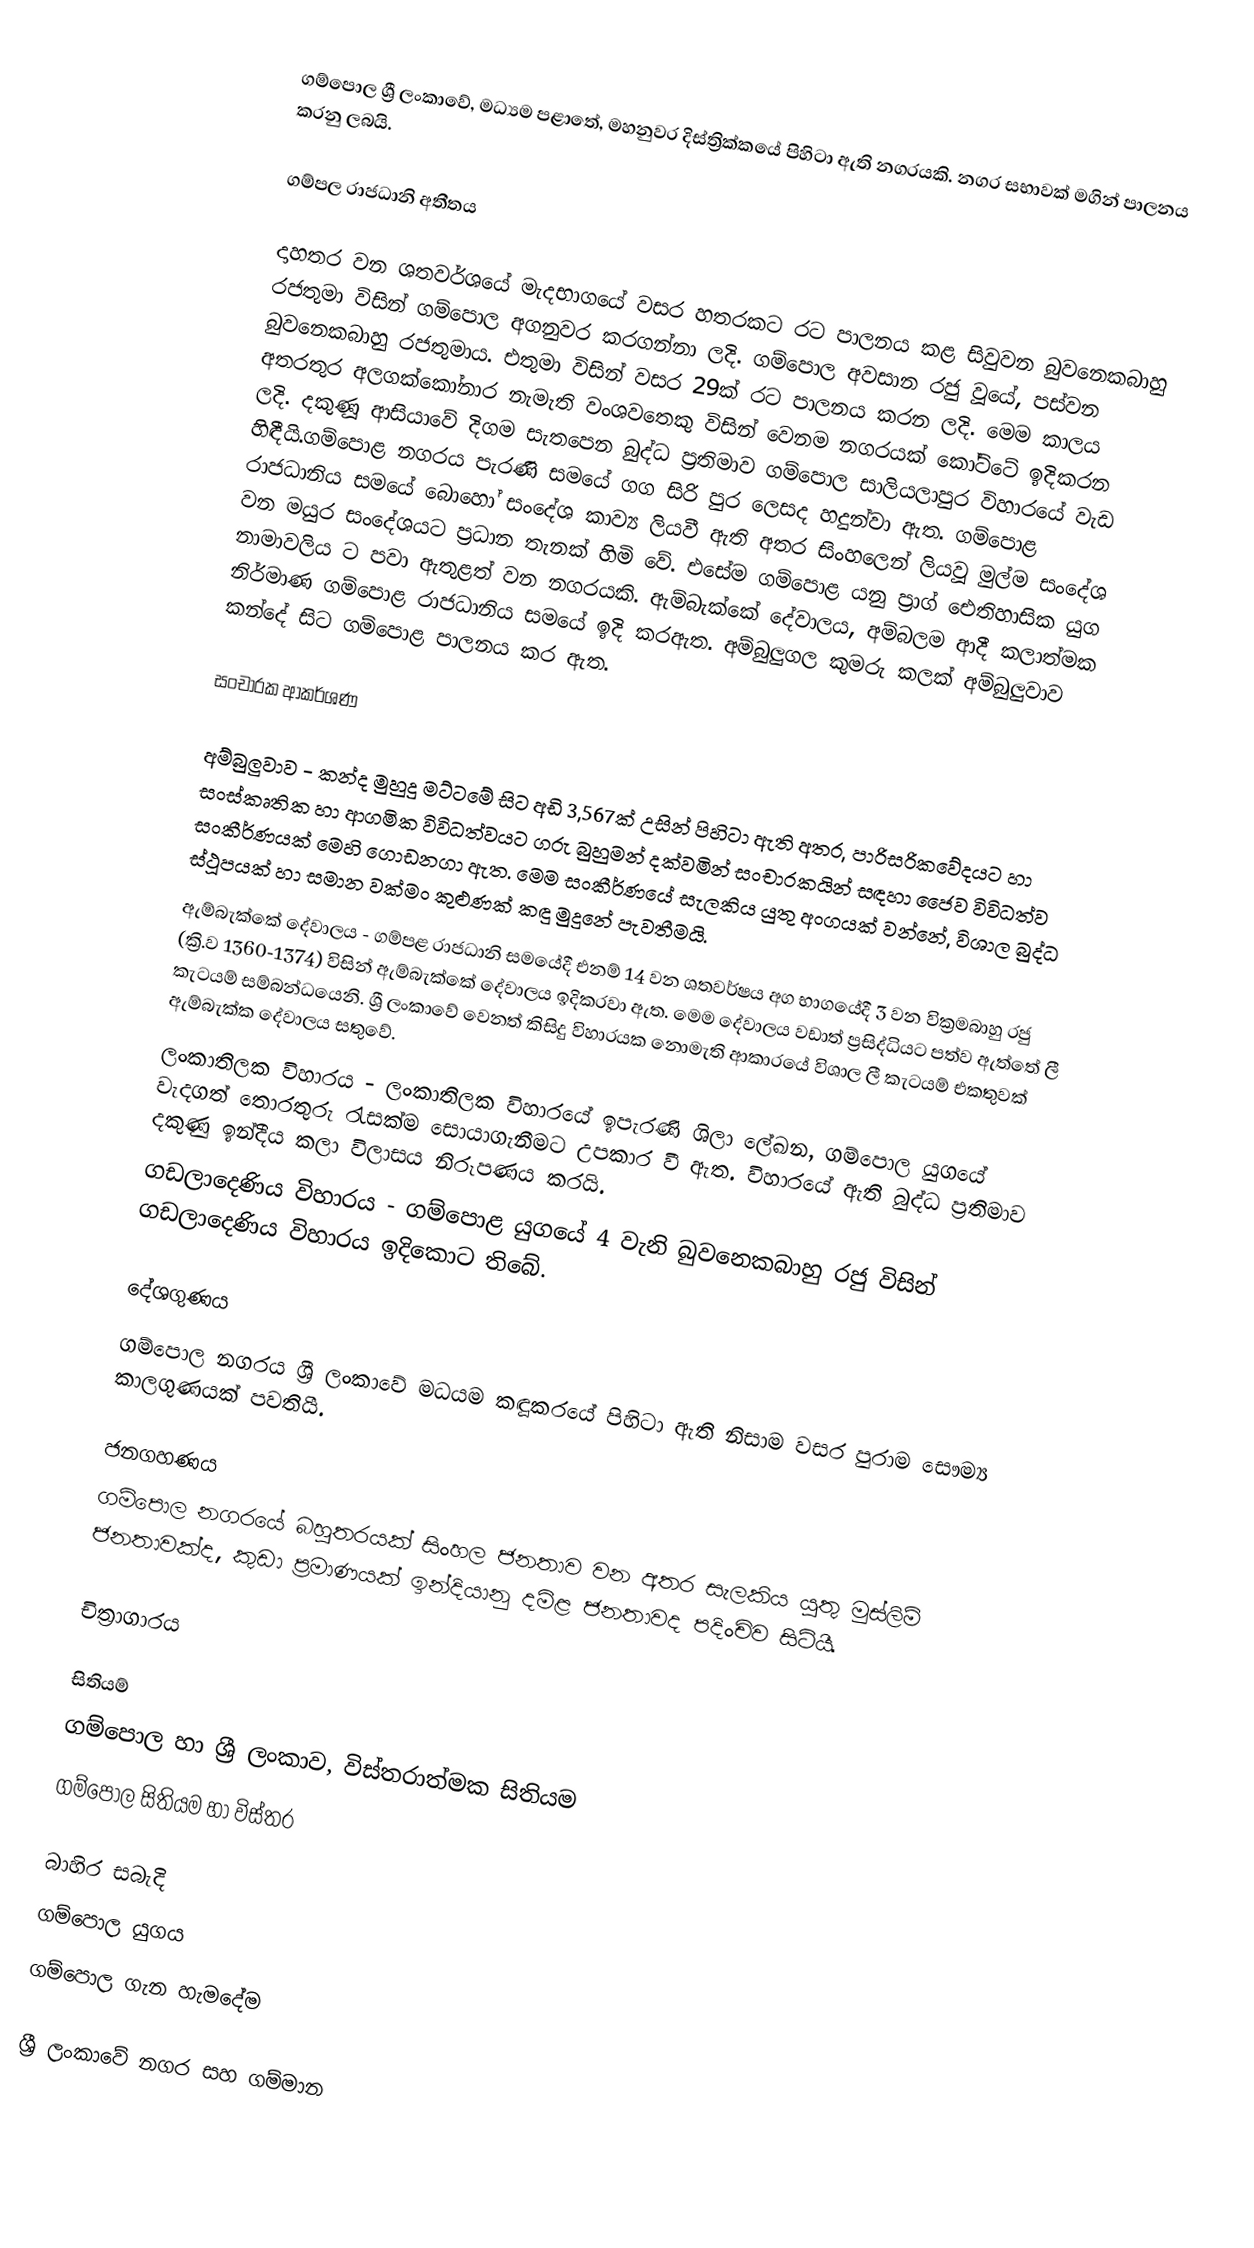
ගම්පොල  ශ්‍රී ලංකාවේ, මධ්‍යම පළාතේ, මහනුවර දිස්ත්‍රික්කයේ පිහිටා ඇති නගරයකි. නගර සභාවක් මගින් පාලනය කරනු ලබයි.

ගම්පල රාජධානි අතීතය

දාහතර වන ශතවර්ශයේ මැදභාගයේ වසර හතරකට රට පාලනය කළ සිවුවන බුවනෙකබාහු රජතුමා විසින් ගම්පොල අගනුවර කරගන්නා ලදි. ගම්පොල අවසාන රජු වූයේ, පස්වන බුවනෙකබාහු රජතුමාය. එතුමා විසින් වසර 29ක් රට පාලනය කරන ලදි. මෙම කාලය අතරතුර අලගක්කෝනාර නැමැති වංශවතෙකු විසින් වෙනම නගරයක් කෝට්ටේ ඉදිකරන ලදි. දකුණූ ආසියාවේ දිගම සැතපෙන බුද්ධ ප්‍රතිමාව ගම්පොල සාලියලාපුර විහාරයේ වැඩ හිඳීයි.ගම්පොළ නගරය පැරණි සමයේ ගග සිරි පුර ලෙසද හදුන්වා ඇත. ගම්පොළ රාජධානිය සමයේ බොහෝ සංදේශ කාව්‍ය ලියවී ඇති අතර සිංහලෙන් ලියවූ මුල්ම සංදේශ වන මයුර සංදේශයට ප්‍රධාන තැනක් හිමි වේ. එසේම ගම්පොළ යනු   ප්‍රාග් ඓතිහාසික යුග නාමාවලිය ට පවා ඇතුළත් වන නගරයකි. ඇම්බැක්කේ දේවාලය, අම්බලම ආදී කලාත්මක නිර්මාණ ගම්පොළ රාජධානිය සමයේ ඉදි කරඇත. අම්බුලුගල කුමරු කලක් අම්බුලුවාව කන්දේ සිට ගම්පොළ පාලනය කර ඇත.

සංචාරක ආකර්ශණ

අම්බුලුවාව - කන්ද මුහුදු මට්ටමේ සිට අඩි 3,567ක් උසින් පිහිටා ඇති අතර, පාරිසරිකවේදයට හා සංස්කෘතික හා ආගමික විවිධත්වයට ගරු බුහුමන් දක්වමින් සංචාරකයින් සඳහා ජෛව විවිධත්ව සංකීර්ණයක් මෙහි ගොඩනගා ඇත. මෙම සංකීර්ණයේ සැලකිය යුතු අංගයක් වන්නේ, විශාල බුද්ධ ස්ථූපයක් හා සමාන වක්මං කුළුණක් කඳු මුදුනේ පැවතීමයි.
ඇම්බැක්කේ දේවාලය - ගම්පළ රාජධානි සමයේදී එනම් 14 වන ශතවර්ෂය අග භාගයේදී 3 වන වික්‍රමබාහු රජු (ක්‍රි.ව 1360-1374) විසින් ඇම්බැක්කේ දේවාලය ඉදිකරවා ඇත. මෙම දේවාලය වඩාත් ප්‍රසිද්ධියට පත්ව ඇත්තේ ලී කැටයම් සම්බන්ධයෙනි. ශ්‍රී ලංකාවේ වෙනත් කිසිදු විහාරයක නොමැති ආකාරයේ විශාල ලී කැටයම් එකතුවක් ඇම්බැක්ක දේවාලය සතුවේ.
ලංකාතිලක විහාරය - ලංකාතිලක විහාරයේ ඉපැරණි ශිලා ලේඛන, ගම්පොල යුගයේ වැදගත් තොරතුරු රැසක්ම සොයාගැනීමට උපකාර වී ඇත. විහාරයේ ඇති බුද්ධ ප්‍රතිමාව දකුණු ඉන්දීය කලා විලාසය නිරූපණය කරයි.
ගඩලාදෙණිය විහාරය - ගම්පොළ යුගයේ 4 වැනි බුවනෙකබාහු රජු විසින් ගඩලාදෙණිය විහාරය ඉදිකොට තිබේ.

දේශගුණය
ගම්පොල නගරය ශ්‍රී ලංකාවේ මධයම කඳූකරයේ පිහිටා ඇති නිසාම වසර පුරාම සෞම්‍ය කාලගුණයක් පවතියී.

ජනගහණය
ගම්පොල නගරයේ බහුතරයක් සිංහල ජනතාව වන අතර සැලකිය යුතු මුස්ලිම් ජනතාවක්ද, කුඩා ප්‍රමාණයක් ඉන්දියානු දමිළ ජනතාවද පදිංචිව සිටියී.

චිත්‍රාගාරය

සිතියම්
ගම්පොල හා ශ්‍රී ලංකාව, විස්තරාත්මක සිතියම
ගම්පොල සිතියම හා විස්තර

බාහිර සබැදි
 ගම්පොල යුගය
 ගම්පොල ගැන හැමදේම

ශ්‍රී ලංකාවේ නගර සහ ගම්මාන